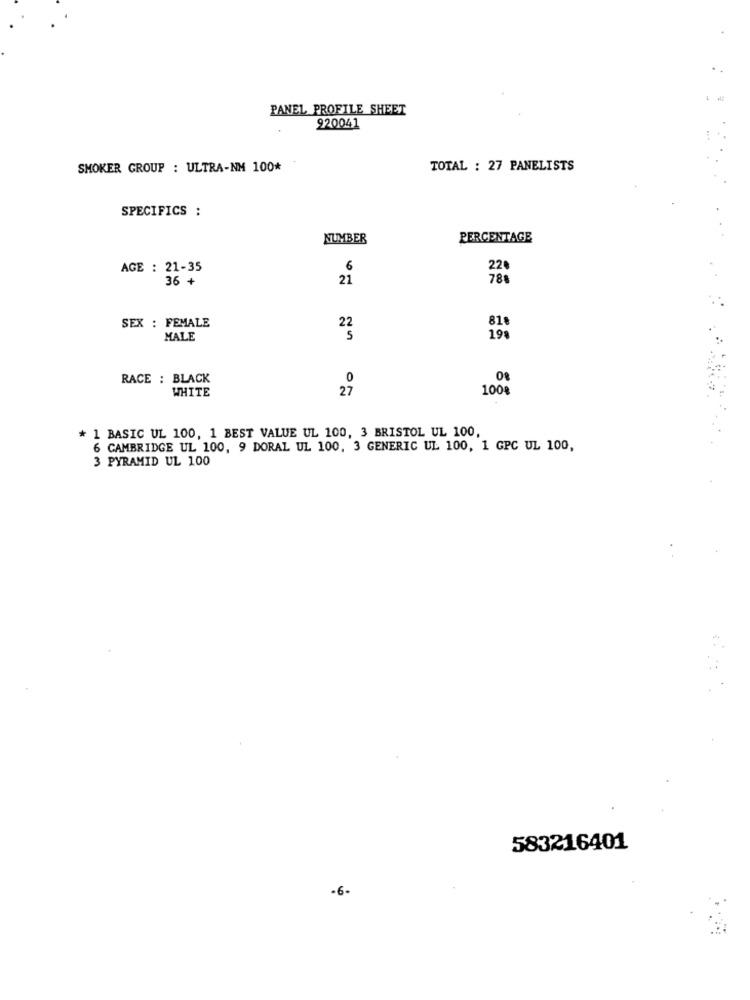
PANEL PROFILE SHEET
920041
SMOKER GROUP : ULTRA-NM 100*
TOTAL : 27 PANELISTS
SPECIFICS :
NUMBER
PERCENTAGE
AGE : 21-35
6
22
36 +
21
78%
SEX : FEMALE
81
22
MALE
199
RACE : BLACK
0
WHITE
27
100
* 1 BASIC UL 100, 1 BEST VALUE UL 100, 3 BRISTOL UL 100,
6 CAMBRIDGE UL 100, 9 DORAL UL 100, 3 GENERIC UL 100, 1 GPC UL 100,
3 PYRAMID UL 100
583216401
-6-